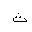
Letter: _tha